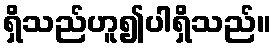
ရှိသည်ဟူ၍ပါရှိသည်။